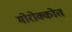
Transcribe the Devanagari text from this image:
मोरोक्कोत